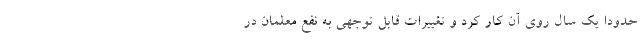
حدودا یک سال روی آن کار کرد و تغییرات قابل توجهی به نفع معلمان در